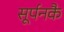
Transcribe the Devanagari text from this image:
सूर्पनकै